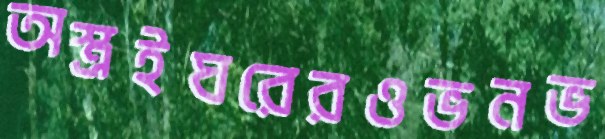
অস্ত্রইঘরেরওভনভ